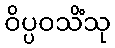
ဝိပ္ပဝသိံသု